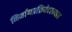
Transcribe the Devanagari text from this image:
निर्माणप्रक्रियेदरम्यान